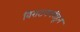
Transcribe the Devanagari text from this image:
विराटनगरीहून